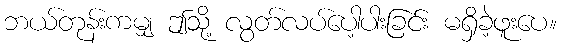
ဘယ်တုန်းကမျှ ဤသို့ လွတ်လပ်ပေါ့ပါးခြင်း မရှိခဲ့ဖူးပေ။